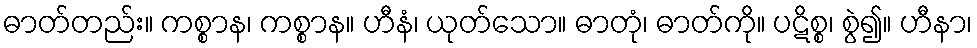
ဓာတ်တည်း။ ကစ္စာန၊ ကစ္စာန။ ဟီနံ၊ ယုတ်သော။ ဓာတုံ၊ ဓာတ်ကို။ ပဋိစ္စ၊ စွဲ၍။ ဟီနာ၊